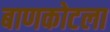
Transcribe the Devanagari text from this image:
बाणकोटला